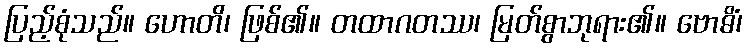
ပြည့်စုံသည်။ ဟောတိ၊ ဖြစ်၏။ တထာဂတဿ၊ မြတ်စွာဘုရား၏။ ဗောဓိံ၊